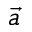
\vec { a }